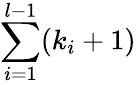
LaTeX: \sum_{i=1}^{l-1}(k_{i}+1)